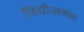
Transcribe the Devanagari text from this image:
त्रिचीजवळ